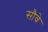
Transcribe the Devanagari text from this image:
सौवे